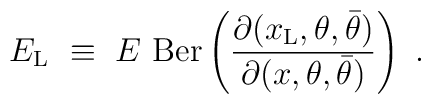
E_{\rm L}\ \equiv\ E\ {\rm Ber}\left({\partial(x_{\rm L},\theta, \bar\theta)\over \partial(x, \theta, \bar\theta)}\right)\ .